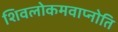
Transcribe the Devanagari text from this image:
शिवलोकमवाप्नोति